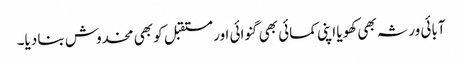
آبائی ورثہ بھی کھویا اپنی کمائی بھی گنوائی اور مستقبل کو بھی مخدوش بنا دیا۔